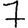
Digit: 7